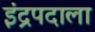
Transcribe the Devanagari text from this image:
इंद्रपदाला